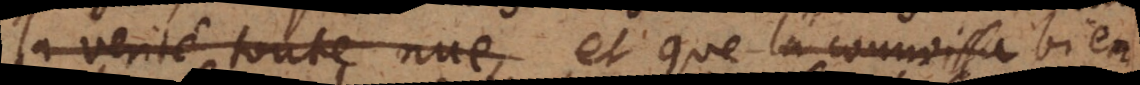
la verité toute nue, et que la connoissa